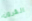
القرون